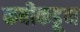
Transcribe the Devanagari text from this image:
कवीकडून